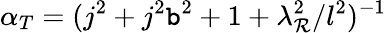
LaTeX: \alpha_{T}=(j^{2}+j^{2}\mathtt{b}^{2}+1+\lambda_{\mathcal{R}}^{2}/l^{2})^{-1}